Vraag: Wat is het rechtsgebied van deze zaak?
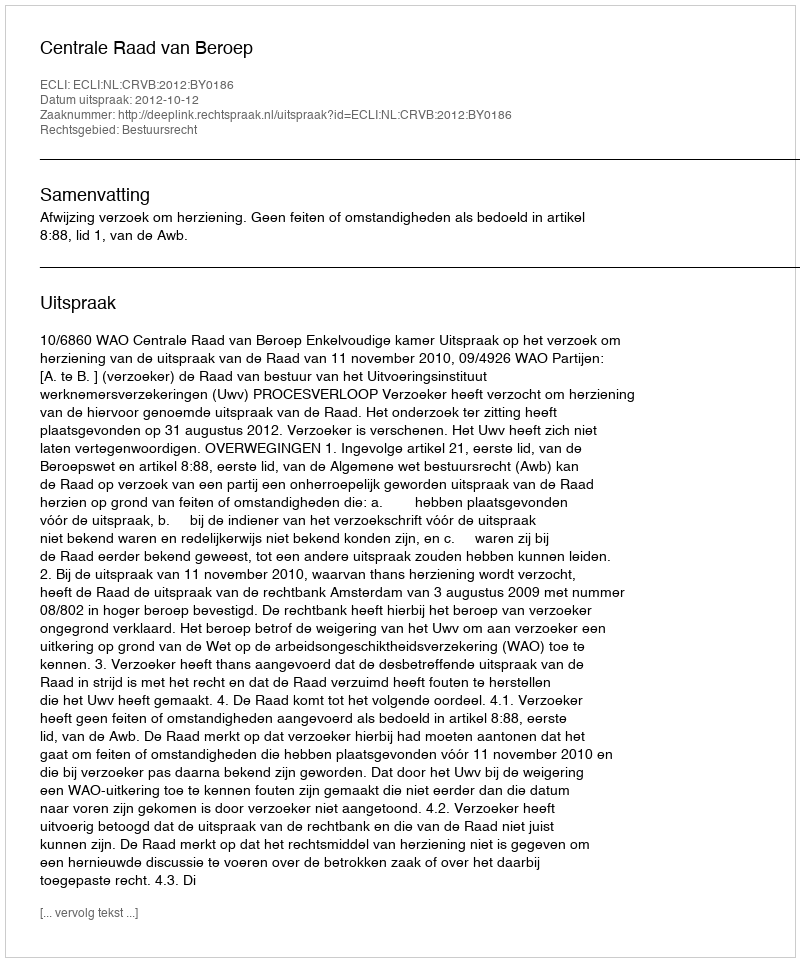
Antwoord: Bestuursrecht